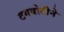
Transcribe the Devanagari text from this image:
टगबोटीने